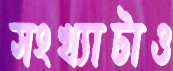
সংখ্যাটাও